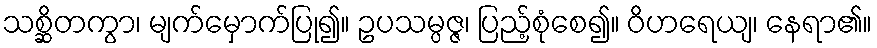
သစ္ဆိတကွာ၊ မျက်မှောက်ပြု၍။ ဥပသမ္ပဇ္ဇ၊ ပြည့်စုံစေ၍။ ဝိဟရေယျ၊ နေရာ၏။